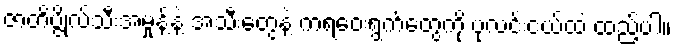
ဇာတိပ္ဇိုလ်သီးအမှုန့်နဲ့ အသီးတွေနဲ့ ကရဝေးရွက်တွေကို ပုလင်းငယ်ထဲ ထည့်ပါ။